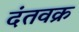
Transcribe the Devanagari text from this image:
दंतवक्र